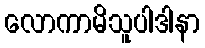
လောကာမိသူပါဒါနာ